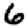
Digit: 6